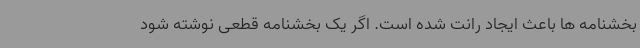
بخشنامه ها باعث ایجاد رانت شده است. اگر یک بخشنامه قطعی نوشته شود